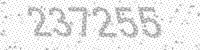
Solution: 237255